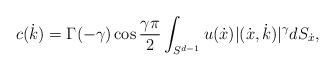
LaTeX: \begin{align*}c(\dot{k})=\Gamma(-\gamma)\cos\frac{\gamma\pi}{2}\int_{S^{d-1}}u(\dot{x})|(\dot{x},\dot{k})|^{\gamma}dS_{\dot{x}},\end{align*}